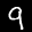
Label: 9